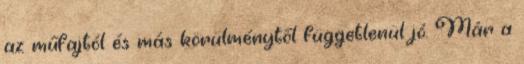
az műfajtól és más körülménytől függetlenül jó. Már a